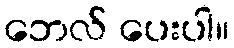
ဘေလ် ပေးပါ။